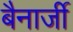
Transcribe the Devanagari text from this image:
बैनार्जी